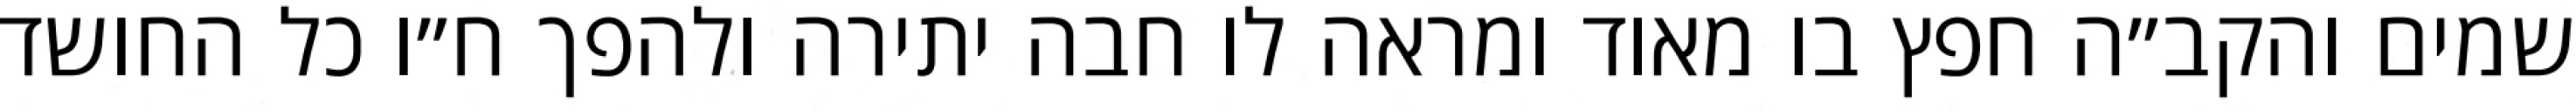
שמים והקב״ה חפץ בו מאוד ומראה לו חבה יתירה ולהפך ח״ו כל החושד